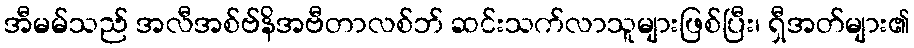
အီမမ်သည် အလီအစ်ဗ်နိအဗီတာလစ်ဘ် ဆင်းသက်လာသူများဖြစ်ပြီး၊ ရှီအတ်များ၏